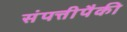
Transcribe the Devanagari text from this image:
संपत्तीपैकी